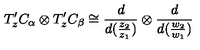
T _ { z } ^ { \prime } C _ { \alpha } \otimes T _ { z } ^ { \prime } C _ { \beta } \cong \frac { d } { d ( \frac { z _ { 2 } } { z _ { 1 } } ) } \otimes \frac { d } { d ( \frac { w _ { 2 } } { w _ { 1 } } ) }